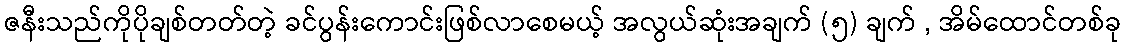
ဇနီးသည်ကိုပိုချစ်တတ်တဲ့ ခင်ပွန်းကောင်းဖြစ်လာစေမယ့် အလွယ်ဆုံးအချက် (၅) ချက် , အိမ်ထောင်တစ်ခု